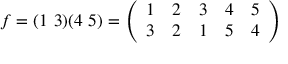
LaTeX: f = ( 1 \ 3 ) ( 4 \ 5 ) = { \left( \begin{array} { l l l l l } { 1 } & { 2 } & { 3 } & { 4 } & { 5 } \\ { 3 } & { 2 } & { 1 } & { 5 } & { 4 } \end{array} \right) }